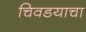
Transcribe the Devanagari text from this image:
चिवडयाचा